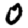
Digit: 0